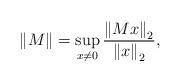
LaTeX: \begin{align*}\left\Vert M\right\Vert =\sup_{x\not =0}\frac{\left\Vert Mx\right\Vert _{2}}{\left\Vert x\right\Vert _{2}}, \end{align*}